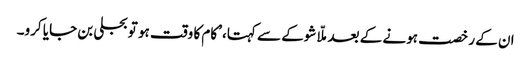
ان کے رخصت ہونے کے بعد ملّا شوکے سے کہتا، ’کام کا وقت ہو تو بجلی بن جایا کرو۔